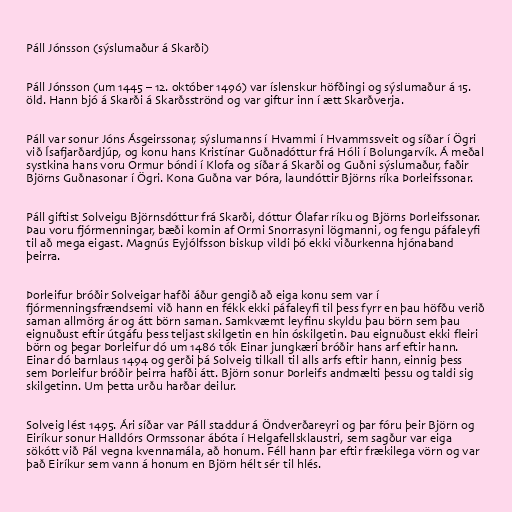
Páll Jónsson (sýslumaður á Skarði)

Páll Jónsson (um 1445 – 12. október 1496) var íslenskur höfðingi og sýslumaður á 15.
öld. Hann bjó á Skarði á Skarðsströnd og var giftur inn í ætt Skarðverja.

Páll var sonur Jóns Ásgeirssonar, sýslumanns í Hvammi í Hvammssveit og síðar í Ögri
við Ísafjarðardjúp, og konu hans Kristínar Guðnadóttur frá Hóli í Bolungarvík. Á meðal
systkina hans voru Ormur bóndi í Klofa og síðar á Skarði og Guðni sýslumaður, faðir
Björns Guðnasonar í Ögri. Kona Guðna var Þóra, laundóttir Björns ríka Þorleifssonar.

Páll giftist Solveigu Björnsdóttur frá Skarði, dóttur Ólafar ríku og Björns Þorleifssonar.
Þau voru fjórmenningar, bæði komin af Ormi Snorrasyni lögmanni, og fengu páfaleyfi
til að mega eigast. Magnús Eyjólfsson biskup vildi þó ekki viðurkenna hjónaband
þeirra.

Þorleifur bróðir Solveigar hafði áður gengið að eiga konu sem var í
fjórmenningsfrændsemi við hann en fékk ekki páfaleyfi til þess fyrr en þau höfðu verið
saman allmörg ár og átt börn saman. Samkvæmt leyfinu skyldu þau börn sem þau
eignuðust eftir útgáfu þess teljast skilgetin en hin óskilgetin. Þau eignuðust ekki fleiri
börn og þegar Þorleifur dó um 1486 tók Einar jungkæri bróðir hans arf eftir hann.
Einar dó barnlaus 1494 og gerði þá Solveig tilkall til alls arfs eftir hann, einnig þess
sem Þorleifur bróðir þeirra hafði átt. Björn sonur Þorleifs andmælti þessu og taldi sig
skilgetinn. Um þetta urðu harðar deilur.

Solveig lést 1495. Ári síðar var Páll staddur á Öndverðareyri og þar fóru þeir Björn og
Eiríkur sonur Halldórs Ormssonar ábóta í Helgafellsklaustri, sem sagður var eiga
sökótt við Pál vegna kvennamála, að honum. Féll hann þar eftir frækilega vörn og var
það Eiríkur sem vann á honum en Björn hélt sér til hlés.